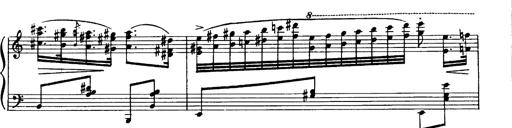
Title: Magyar dalok
Composer: Franz Liszt